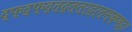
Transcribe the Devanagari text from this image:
द्फ्द्फ्द्त्द्त्त्र्द्र्त्स्क्ष्द्।